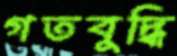
গতবুদ্ধি